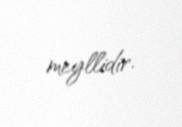
meyllidir.